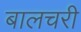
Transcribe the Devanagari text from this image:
बालचरी